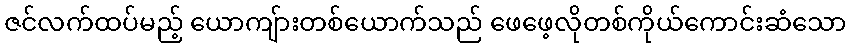
ဇင်လက်ထပ်မည့် ယောကျ်ားတစ်ယောက်သည် ဖေဖေ့လိုတစ်ကိုယ်ကောင်းဆံသော